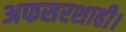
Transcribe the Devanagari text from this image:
अफसरशाही।